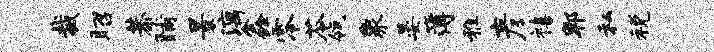
裁昭恭晡景漓鑫零苓瓴象晏簿雅彦禧郫私税